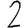
Digit: 2